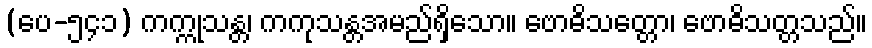
(ပေ-၅၄၁) ကက္ကုသန္တ၊ ကကုသန္တအမည်ရှိသော။ ဗောဓိသတ္တော၊ ဗောဓိသတ္တသည်။